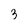
Character: 3